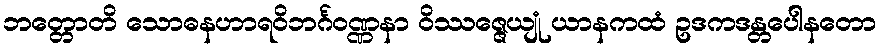
ဘတ္တောတိ သောဓနဟာရဝိဘင်္ဂဝဏ္ဏနာ ဝိဿဇ္ဇေယျုံ ယာနကထံ ဥဒကဒန္တပေါနတော